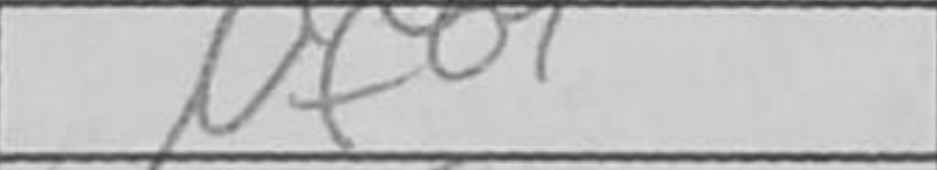
Transcription: Nf8